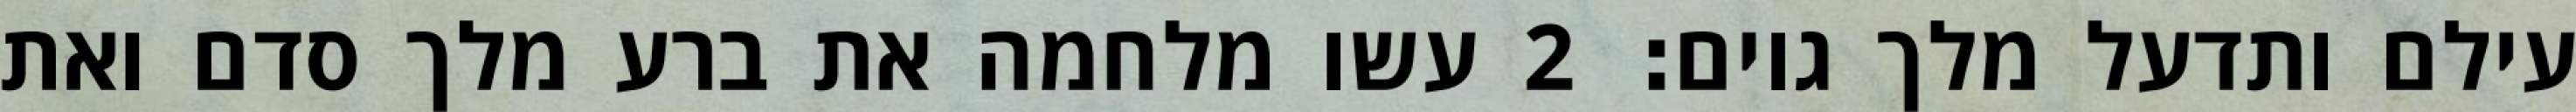
עילם ותדעל מלך גוים׃ ‎2‏ עשו מלחמה את ברע מלך סדם ואת